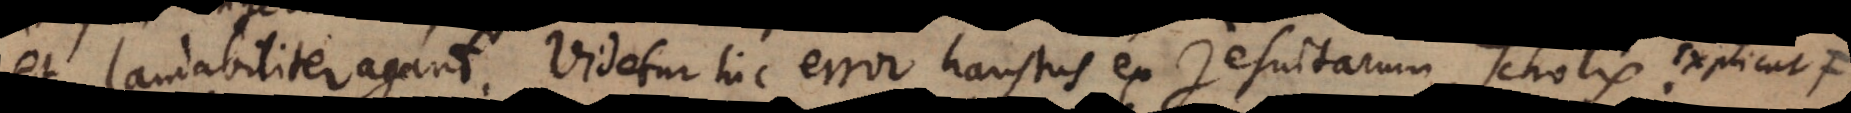
et laudabiliter agant. Videtur hic error haustus ex Jesuitarum Scholis. Explicat